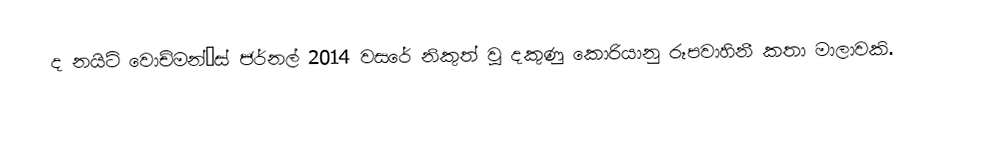
ද නයිට් වොච්මන්’ස් ජර්නල් 2014 වසරේ නිකුත් වූ දකුණු කොරියානු රූපවාහිනී කතා මාලාවකි.